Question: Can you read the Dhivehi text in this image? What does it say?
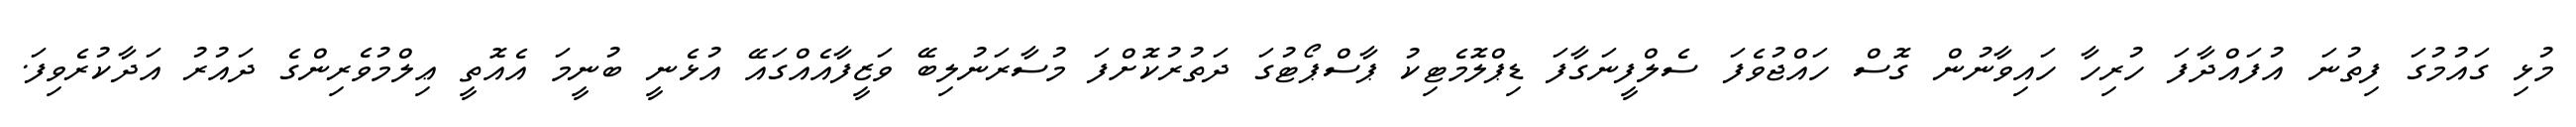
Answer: މުޅި ގައުމުގަ ފިތުނަ އުފައްދާފަ ހުރިހާ ހައިވާނުން ގޮސް ހައްޖުވެފަ ސެލްފީނަގާފަ ޑިޕްލޮމެޓިކު ޕާސްޕޯޓުގަ ދަތުރުކޮށްފަ މުސާރަނުލިބޭ ވަޒީފާއެއްގައޭ އުޅެނީ ބުނީމަ އެއޮތީ ޢިލްމުވެރިންގެ ދައުރު އަދާކުރެވިފަ.